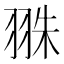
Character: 𦐣